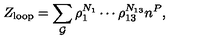
Z _ { \mathrm { l o o p } } = \sum _ { { \cal G } } \rho _ { 1 } ^ { N _ { 1 } } \cdots \rho _ { 1 3 } ^ { N _ { 1 3 } } n ^ { P } ,